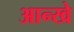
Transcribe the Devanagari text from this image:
आन्खे